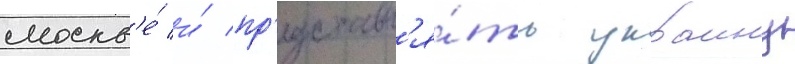
москв'е́ и́ пр'едставл'я́ть украину